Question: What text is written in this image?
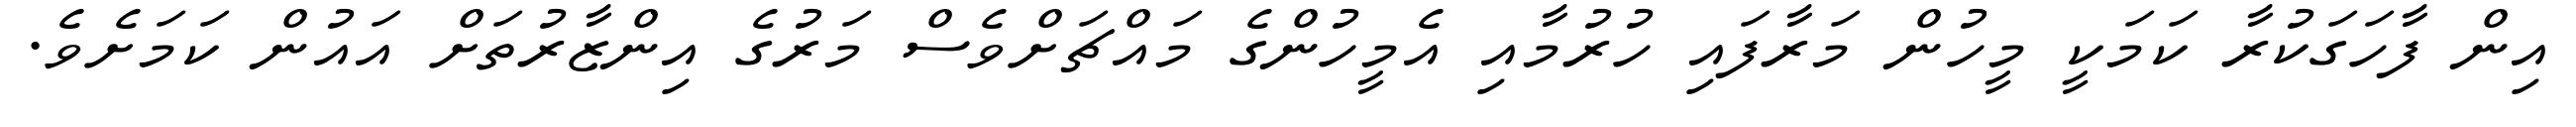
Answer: އިން ފާހަގަކުރާ ކަމަކީ މީހުން މަރާފައި ހުރުމާއި އެމީހުންގެ މައްޗަށްވެސް މަރުގެ އިންޒާރުތަށް އައުން ކަމަށެވެ.